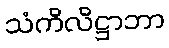
သံကိလိဋ္ဌာဘာ